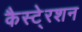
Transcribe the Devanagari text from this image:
कैस्टे्रशन